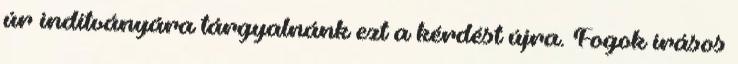
úr indítványára tárgyalnánk ezt a kérdést újra. Fogok írásos